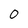
Character: 0